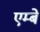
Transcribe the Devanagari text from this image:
एम्बे